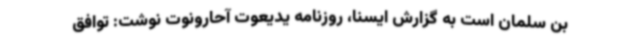
بن سلمان است به گزارش ایسنا، روزنامه یدیعوت آحارونوت نوشت: توافق